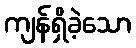
ကျန်ရှိခဲ့သော